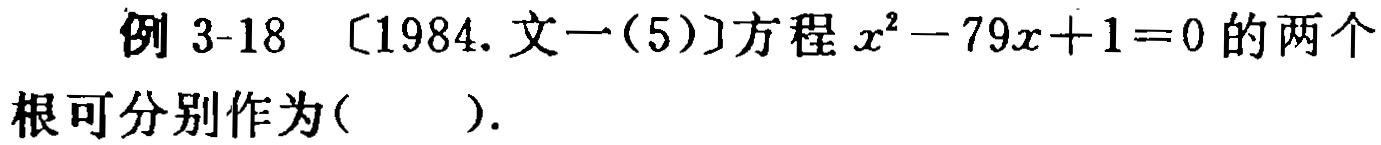
例 3-18 〔1984. 文一(5)〕方程 \(x^{2}-79x + 1 = 0\) 的两个根可分别作为( ).